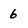
Character: 6